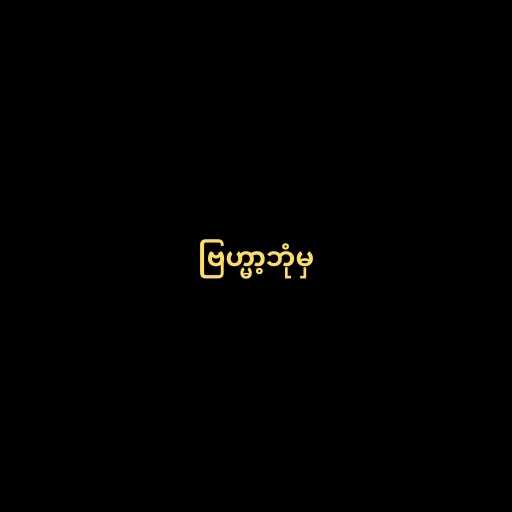
ဗြဟ္မာ့ဘုံမှ